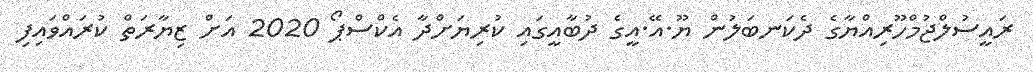
ރައީސުލްޖުމްހޫރިއްޔާގެ ދެކަނބަލުން ޔޫ.އޭ.އީގެ ދުބާއީގައި ކުރިޔަށްދާ އެކްސްޕޯ 2020 އަށް ޒިޔާރަތް ކުރައްވައިފި